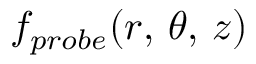
f _ { p r o b e } ( r , \, \theta , \, z )